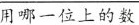
用哪一位上的数